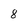
Character: 8